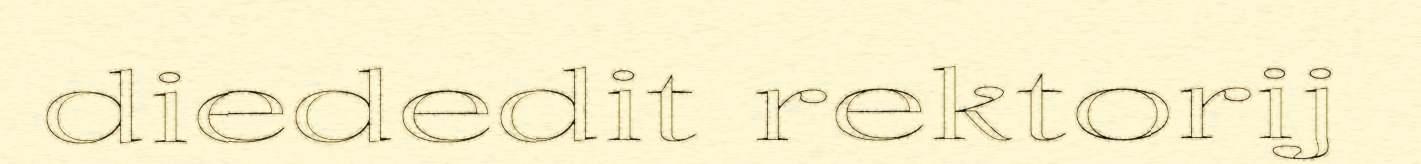
diededit rektorij